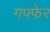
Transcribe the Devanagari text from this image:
गफ्फेर